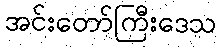
အင်းတော်ကြီးဒေသ